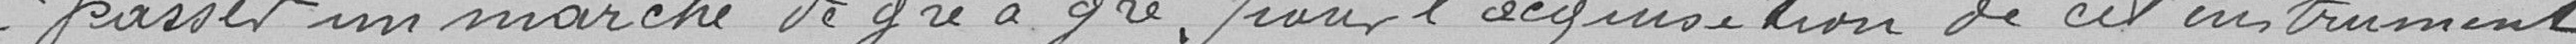
à passer un marché de gré à gré pour l'acquisition de cet instrument